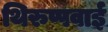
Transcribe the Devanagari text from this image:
थिरुप्पवाई